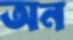
অন